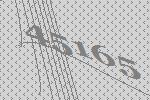
45165